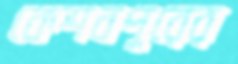
কেশবপুরের